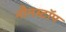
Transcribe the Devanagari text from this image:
नौनस्टॉप